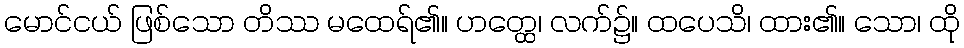
မောင်ငယ် ဖြစ်သော တိဿ မထေရ်၏။ ဟတ္ထေ၊ လက်၌။ ထပေသိ၊ ထား၏။ သော၊ ထို